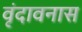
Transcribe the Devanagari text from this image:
वृंदावनास